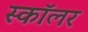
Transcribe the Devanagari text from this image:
स्काॅलर